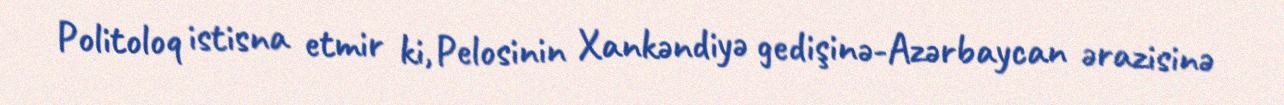
Politoloq istisna etmir ki, Pelosinin Xankəndiyə gedişinə-Azərbaycan ərazisinə